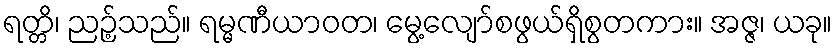
ရတ္တိ၊ ညဉ့်သည်။ ရမ္မဏီယာဝတ၊ မွေ့လျော်စဖွယ်ရှိစွတကား။ အဇ္ဇ၊ ယခု။